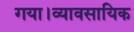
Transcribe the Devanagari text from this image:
गया।व्यावसायिक